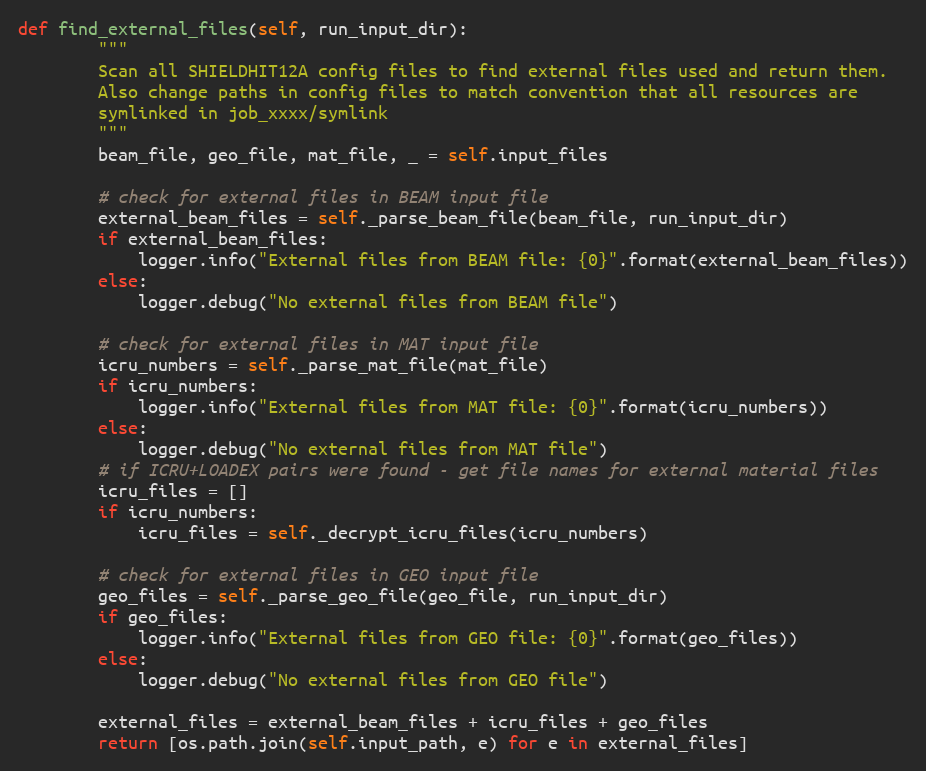
Language: Python
def find_external_files(self, run_input_dir):
        """
        Scan all SHIELDHIT12A config files to find external files used and return them.
        Also change paths in config files to match convention that all resources are
        symlinked in job_xxxx/symlink
        """
        beam_file, geo_file, mat_file, _ = self.input_files

        # check for external files in BEAM input file
        external_beam_files = self._parse_beam_file(beam_file, run_input_dir)
        if external_beam_files:
            logger.info("External files from BEAM file: {0}".format(external_beam_files))
        else:
            logger.debug("No external files from BEAM file")

        # check for external files in MAT input file
        icru_numbers = self._parse_mat_file(mat_file)
        if icru_numbers:
            logger.info("External files from MAT file: {0}".format(icru_numbers))
        else:
            logger.debug("No external files from MAT file")
        # if ICRU+LOADEX pairs were found - get file names for external material files
        icru_files = []
        if icru_numbers:
            icru_files = self._decrypt_icru_files(icru_numbers)

        # check for external files in GEO input file
        geo_files = self._parse_geo_file(geo_file, run_input_dir)
        if geo_files:
            logger.info("External files from GEO file: {0}".format(geo_files))
        else:
            logger.debug("No external files from GEO file")

        external_files = external_beam_files + icru_files + geo_files
        return [os.path.join(self.input_path, e) for e in external_files]